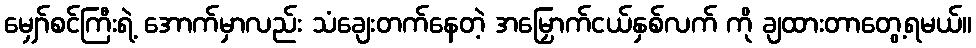
မျှော်စင်ကြီးရဲ့ အောက်မှာလည်း သံချေးတက်နေတဲ့ အမြှောက်ငယ်နှစ်လက် ကို ချထားတာတွေ့ရမယ်။